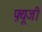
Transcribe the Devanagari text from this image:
फ़्यूजी